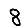
Digit: 8